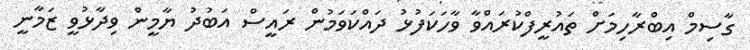
ގާސިމް އިބްރާހިމަށް ތައުރީފްކުރައްވާ ވާހަކަފުޅު ދައްކަވަމުން ރައީސް އަބުދު ޔާމީން ވިދާޅުވީ ޒަމާނީ